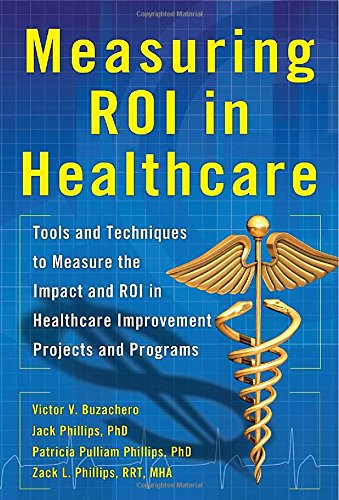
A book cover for Measuring ROI in Healthcare: Tools and Techniques to Measure the Impact and ROI in Healthcare Improvement Projects and Programs; Jack Phillips; Business & Money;